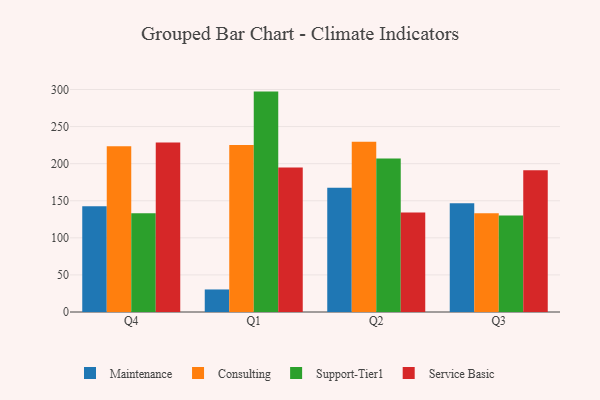
{"axis": {"x": "Quarter", "y": "Waste Production (Tons)"}, "legend": ["Consulting", "Maintenance", "Service Basic", "Support-Tier1"], "data": [{"x": "Q4", "y": 142.6, "type": "Maintenance"}, {"x": "Q4", "y": 223.5, "type": "Consulting"}, {"x": "Q4", "y": 133.1, "type": "Support-Tier1"}, {"x": "Q4", "y": 228.7, "type": "Service Basic"}, {"x": "Q1", "y": 30.4, "type": "Maintenance"}, {"x": "Q1", "y": 225.2, "type": "Consulting"}, {"x": "Q1", "y": 297.2, "type": "Support-Tier1"}, {"x": "Q1", "y": 194.7, "type": "Service Basic"}, {"x": "Q2", "y": 167.5, "type": "Maintenance"}, {"x": "Q2", "y": 229.7, "type": "Consulting"}, {"x": "Q2", "y": 207.0, "type": "Support-Tier1"}, {"x": "Q2", "y": 134.3, "type": "Service Basic"}, {"x": "Q3", "y": 146.6, "type": "Maintenance"}, {"x": "Q3", "y": 133.1, "type": "Consulting"}, {"x": "Q3", "y": 130.1, "type": "Support-Tier1"}, {"x": "Q3", "y": 191.3, "type": "Service Basic"}]}